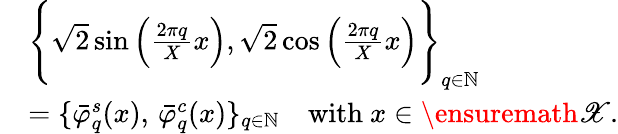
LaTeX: \begin{array}{rl}&{\Bigg\lbrace\sqrt{2}\sin\Big(\frac{2\pi q}{X}x\Big),\sqrt{2}\cos\Big(\frac{2\pi q}{X}x\Big)\Bigg\rbrace_{q\in\mathbb{N}}}\\ &{=\lbrace\bar{\varphi}_{q}^{s}(x),\, \bar{\varphi}_{q}^{c}(x)\rbrace_{q\in\mathbb{N}}\quad\mathrm{with~}x\in\ensuremath{\mathscr{X}}.}\end{array}